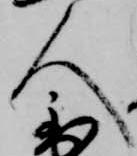
人